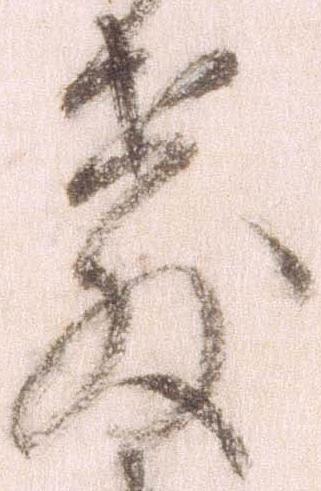
教